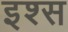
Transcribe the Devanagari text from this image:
इश्स